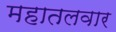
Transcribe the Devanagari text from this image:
महातलवार